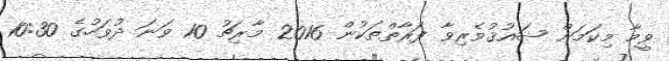
ވީމާ މިކަމަށް ޝައުޤުވެރިވާ ފަރާތްތަކުން 2016 މާރިޗު 10 ވަނަ ދުވަހުގެ 10:30